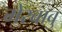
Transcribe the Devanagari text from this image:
मेरबाबु